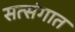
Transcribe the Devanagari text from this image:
सत्संगात